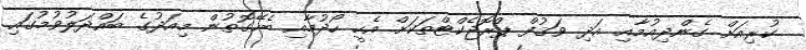
ކުރިއަށް ގެންދިއުމާއި އަދި ވަޤުފް ޕްރޮޖެކްޓްތަކަށް އެހީ ހޯދުމާއި ބެހޭގޮތުން މިއަދުގެ ބައްދަލުވުމުގައި